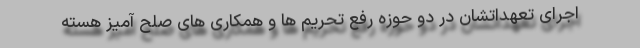
اجرای تعهداتشان در دو حوزه رفع تحریم ها و همکاری های صلح آمیز هسته